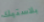
بلاستيك